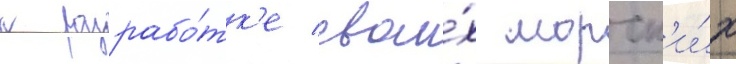
к разрабо́тк'е свои́х морск'и́х